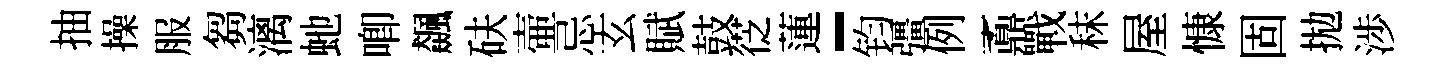
抽操服芻漓虵唧飆砆壷忌玄賦鼓徔蓮-钧彊例鼒戰秣屋慷固拋渉